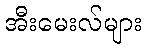
အီးမေးလ်များ